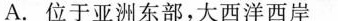
A位于亚洲东部,大西洋西岸